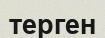
терген